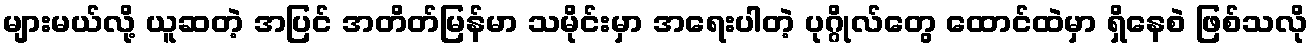
များမယ်လို့ ယူဆတဲ့ အပြင် အတိတ်မြန်မာ သမိုင်းမှာ အရေးပါတဲ့ ပုဂ္ဂိုလ်တွေ ထောင်ထဲမှာ ရှိနေစဲ ဖြစ်သလို